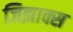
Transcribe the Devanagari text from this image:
जिझाक्स